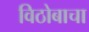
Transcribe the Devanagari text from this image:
विठोबाचा